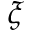
\xi